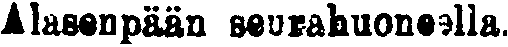
Alasenpään seurahuoneella.